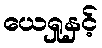
ယေရှုနှင့်